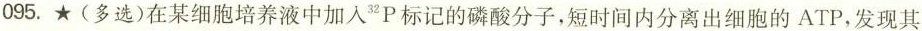
095.★(多选)在某细胞培养液中加入3P标记的磷酸分子，短时间内分离出细胞的ATP，发现其